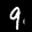
Label: 9